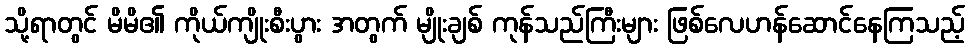
သို့ရာတွင် မိမိ၏ ကိုယ်ကျိုးစီးပွား အတွက် မျိုးချစ် ကုန်သည်ကြီးများ ဖြစ်လေဟန်ဆောင်နေကြသည့်